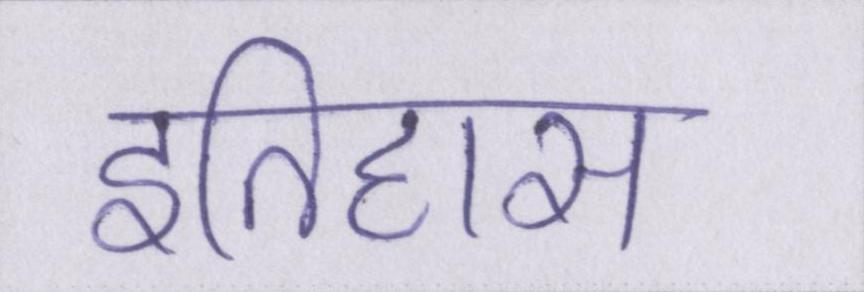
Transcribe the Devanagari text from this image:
इतिहास